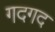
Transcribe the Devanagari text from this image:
गदगद